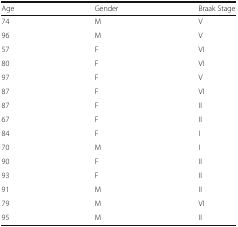
<table><thead><tr><td><b>Age</b></td><td><b>Gender</b></td><td><b>Braak Stage</b></td></tr></thead><tbody><tr><td>74</td><td>M</td><td>V</td></tr><tr><td>96</td><td>M</td><td>V</td></tr><tr><td>57</td><td>F</td><td>VI</td></tr><tr><td>80</td><td>F</td><td>VI</td></tr><tr><td>97</td><td>F</td><td>V</td></tr><tr><td>87</td><td>F</td><td>VI</td></tr><tr><td>87</td><td>F</td><td>II</td></tr><tr><td>67</td><td>F</td><td>II</td></tr><tr><td>84</td><td>F</td><td>I</td></tr><tr><td>70</td><td>M</td><td>I</td></tr><tr><td>90</td><td>F</td><td>II</td></tr><tr><td>93</td><td>F</td><td>II</td></tr><tr><td>91</td><td>M</td><td>II</td></tr><tr><td>79</td><td>M</td><td>VI</td></tr><tr><td>95</td><td>M</td><td>II</td></tr></tbody></table>